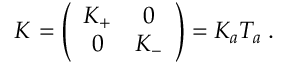
K = \left( \begin{array} { c c } { { K _ { + } } } & { { 0 } } \\ { { 0 } } & { { K _ { - } } } \end{array} \right) = K _ { a } T _ { a } \; .